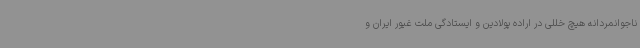
ناجوانمردانه هیچ خللی در اراده پولادین و ایستادگی ملت غیور ایران و